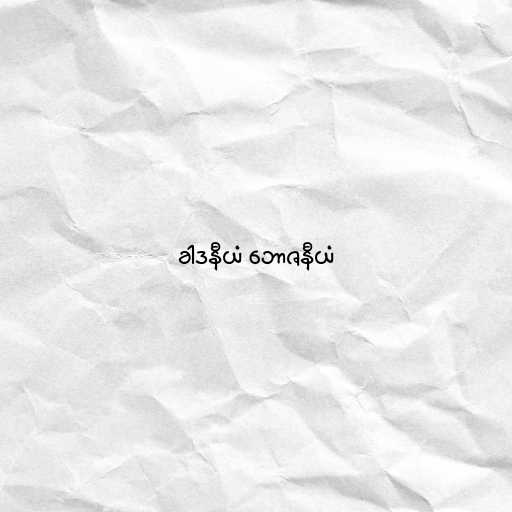
ခါဒနီယံ ဘောဇနီယံ